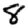
Digit: 8